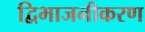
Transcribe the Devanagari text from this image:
द्विभाजनीकरण